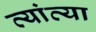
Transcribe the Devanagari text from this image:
त्यांव्या